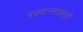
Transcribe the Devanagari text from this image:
पक्वान्नांसाठी